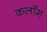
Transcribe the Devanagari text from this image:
कलाँग